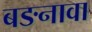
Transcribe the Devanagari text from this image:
बङनावा